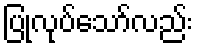
ပြုလုပ်သော်လည်း